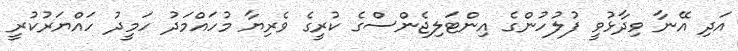
އަދި އޭނާ ވިދާޅުވީ ފުލުހުންގެ އިންޓަލިޖެންސްގެ ކުރީގެ ވެރިޔާ މުހައްމަދު ހަމީދު ހައްޔަރުކުރީ